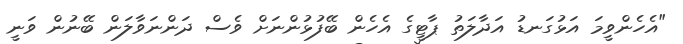
"އެހެންވީމަ އަޅުގަނޑު އަދާލަތު ޕާޓީގެ އެހެން ބޭފުޅުންނަށް ވެސް ދަންނަވާލަން ބޭނުން ވަނީ